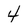
Character: 4